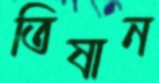
তিষান